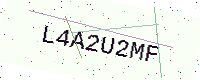
Text: L4A2U2MF